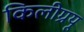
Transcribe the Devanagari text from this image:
किलीग्रयू